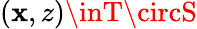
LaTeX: (\mathbf{x},z)\inT\circS